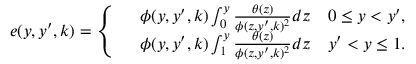
\begin{array} { r } { e ( y , y ^ { \prime } , k ) = \left\{ \begin{array} { r l } & { \phi ( y , y ^ { \prime } , k ) \int _ { 0 } ^ { y } \frac { \theta ( z ) } { \phi ( z , y ^ { \prime } , k ) ^ { 2 } } d z \quad 0 \leq y < y ^ { \prime } , } \\ & { \phi ( y , y ^ { \prime } , k ) \int _ { 1 } ^ { y } \frac { \theta ( z ) } { \phi ( z , y ^ { \prime } , k ) ^ { 2 } } d z \quad y ^ { \prime } < y \leq 1 . } \end{array} \right. } \end{array}